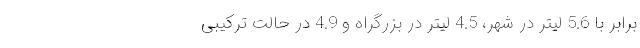
برابر با 5.6 لیتر در شهر، 4.5 لیتر در بزرگراه و 4.9 در حالت ترکیبی